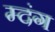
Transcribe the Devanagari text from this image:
म्दंग